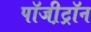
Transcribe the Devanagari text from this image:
पॉजी़ट्रॉन